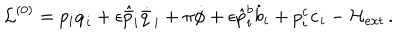
\mathcal { L } ^ { ( 0 ) } = p _ { i } \dot { q } _ { i } + \epsilon \hat { \bar { p } } _ { i } \dot { \bar { q } \, } _ { i } + \pi \dot { \phi } + \epsilon \hat { p } _ { i } ^ { b } \dot { b } _ { i } + p _ { i } ^ { c } \dot { c } _ { i } - \mathcal { H } _ { e x t } \, .